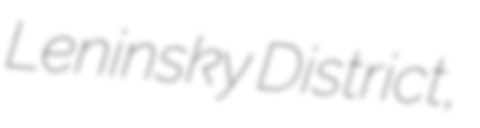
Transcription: Leninsky District,